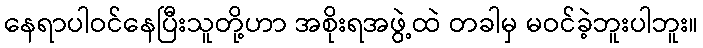
နေရာပါဝင်နေပြီးသူတို့ဟာ အစိုးရအဖွဲ့ထဲ တခါမှ မဝင်ခဲ့ဘူးပါဘူး။